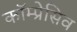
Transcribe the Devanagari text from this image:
कॉम्प्रेसिव